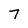
Character: 7